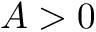
A > 0